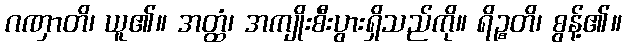
ဂဏှာတိ၊ ယူ၏။ အတ္ထံ၊ အကျိုးစီးပွားရှိသည်ကို။ ရိဉ္စတိ၊ စွန့်၏။